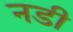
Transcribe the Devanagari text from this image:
नडी